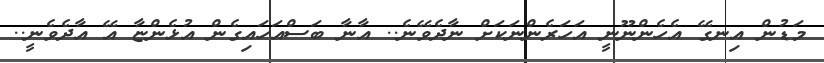
މަޑުން އިނގޭ އެހެންނޫނީ އަހަރެންނަކަށް ނާދެވޭނެ.. އާނާ ބަސްއަހައިގެން އުޅެންޏާ އޭ އާދެވެނީ..